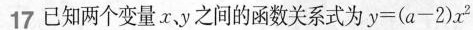
17已知两个变量x，y之间的函数关系式为$$y = ( a - 2 ) x ^ { 2 }